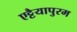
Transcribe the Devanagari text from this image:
एट्टैयापुरम